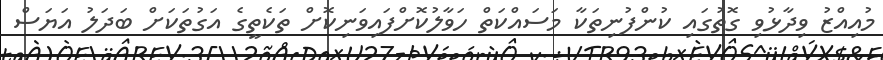
މުއިއްޒު ވިދާޅުވި ގޮތުގައި ކުންފުނިތަކާ މަސައްކަތް ހަވާލުކޮށްފައިވަނިކޮށް ތަކެތީގެ އަގުތަކަށް ބަދަލު އަޔަސް